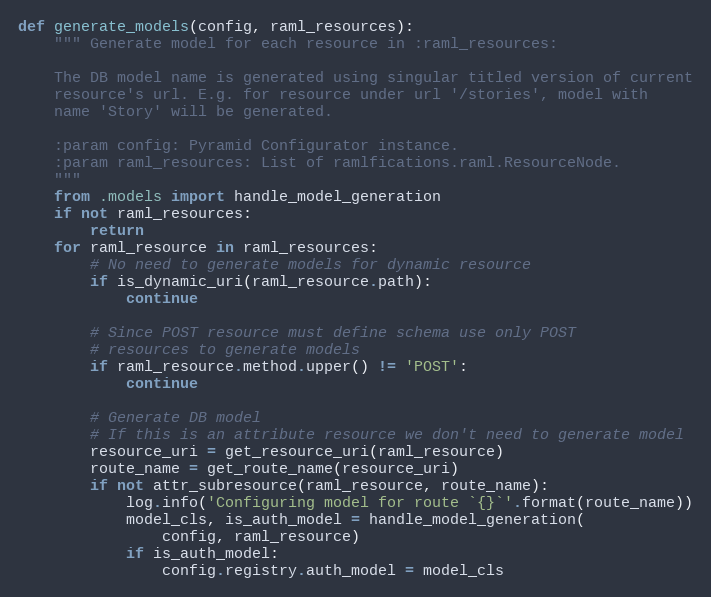
Language: Python
def generate_models(config, raml_resources):
    """ Generate model for each resource in :raml_resources:

    The DB model name is generated using singular titled version of current
    resource's url. E.g. for resource under url '/stories', model with
    name 'Story' will be generated.

    :param config: Pyramid Configurator instance.
    :param raml_resources: List of ramlfications.raml.ResourceNode.
    """
    from .models import handle_model_generation
    if not raml_resources:
        return
    for raml_resource in raml_resources:
        # No need to generate models for dynamic resource
        if is_dynamic_uri(raml_resource.path):
            continue

        # Since POST resource must define schema use only POST
        # resources to generate models
        if raml_resource.method.upper() != 'POST':
            continue

        # Generate DB model
        # If this is an attribute resource we don't need to generate model
        resource_uri = get_resource_uri(raml_resource)
        route_name = get_route_name(resource_uri)
        if not attr_subresource(raml_resource, route_name):
            log.info('Configuring model for route `{}`'.format(route_name))
            model_cls, is_auth_model = handle_model_generation(
                config, raml_resource)
            if is_auth_model:
                config.registry.auth_model = model_cls